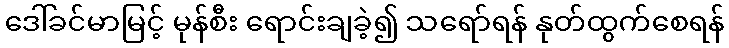
ဒေါ်ခင်မာမြင့် မုန်စီး ရောင်းချခဲ့၍ သရော်ရန် နုတ်ထွက်စေရန်